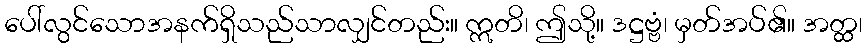
ပေါ်လွင်သောအနက်ရှိသည်သာလျှင်တည်း။ ဣတိ၊ ဤသို့။ ဒဋ္ဌဗ္ဗံ၊ မှတ်အပ်၏။ အတ္ထ၊